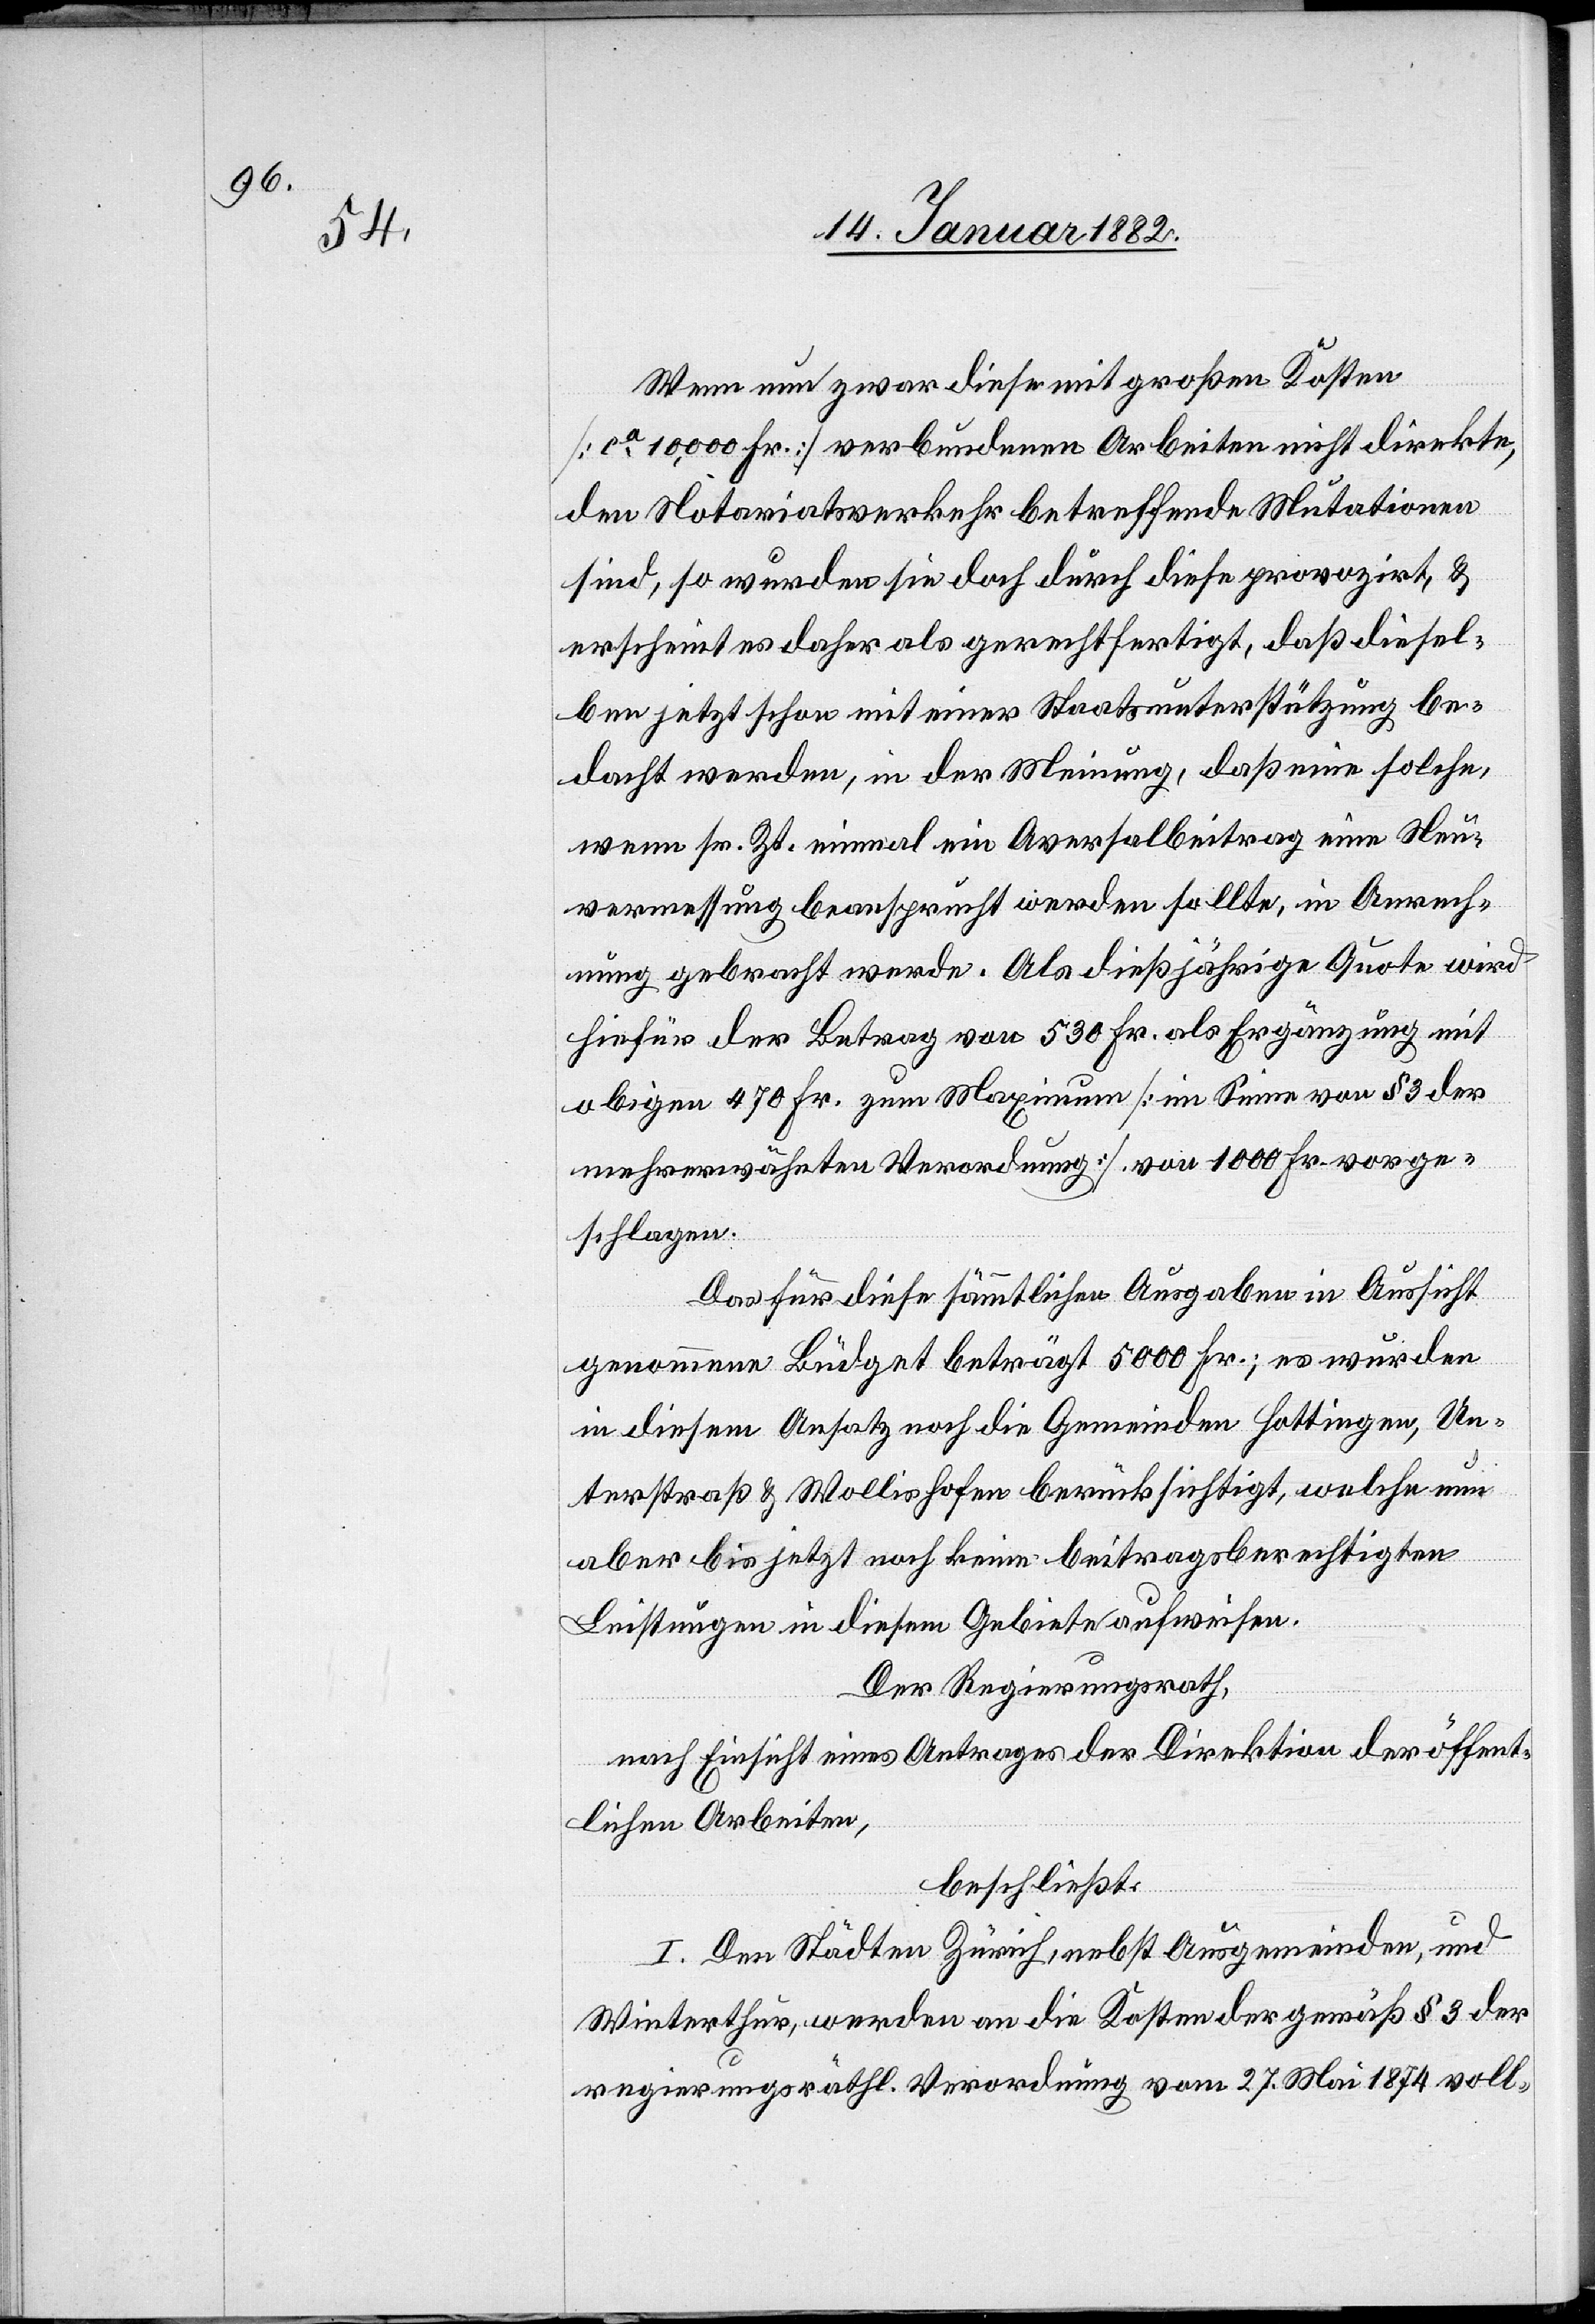
Wenn nun zwar diese mit großen Kosten
[ca 10,000 Fr.] verbundenen Arbeiten nicht direkte,
den Notariatsverkehr betreffende Mutationen
sind, so wurden sie doch durch diese provoziert, &
erscheint es daher als gerechtfertigt, daß diesel¬
ben jetzt schon mit einer Staatsunterstützung be¬
dacht werden, in der Meinung, daß eine solche,
wenn sr. Zt. einmal ein Aversalbeitrag eine Neu¬
vermessung beansprucht werden sollte, in Anrech¬
nung gebracht werde. Als dießjährige Quote wird
hiefür der Betrag von 530 Fr. als Ergänzung mit
obigen 470 Fr. zum Maximum [im Sinne von § 3 der
mehrerwähnten Verordnung] von 1000 Fr. vorge¬
schlagen.
Das für diese sämmtlichen Ausgaben in Aussicht
genommene Budget beträgt 5000 Fr.; es wurden
in diesem Ansatz noch die Gemeinde Hottingen, Un¬
terstraß & Wollishofen berücksichtigt, welche nun
aber bis jetzt noch keine beitragsberechtigten
Leistungen in diesem Gebiete aufweisen.
Der Regierungsrath,
nach Einsicht eines Antrages der Direktion der öffent¬
lichen Arbeiten,
beschließt:
I. Den Städten Zürich, nebst Ausgemeinden, und
Winterthur, werden an die Kosten der gemäß § 3 der
regierungsräthl. Verordnung vom 27. Mai 1874 voll-